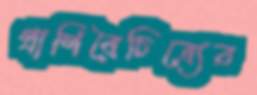
প্রাণিবৈচিত্র্যের